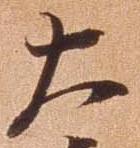
大